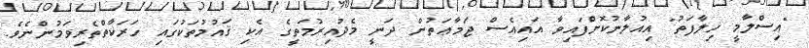
"އިސްލާމީ ޚިލާފަތު" އިއުލާނުކޮށްފައިވާ އައިއެސް ޖަމާޢަތުން ދަނީ މެދުއިރުމަތީގެ އެކި ޤައުމުތަކުގައި ހަރަކާތްތެރިވަމުންނެވެ.